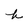
Character: h